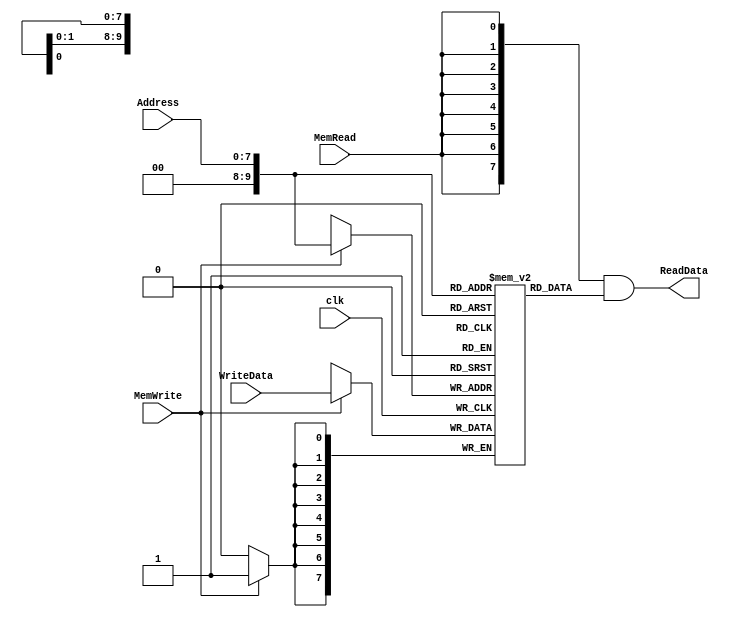
/******************************************************************
* Description
*	This is the data memory for the MIPS processor
*	1.0
* Author:
*	Dr. Jos Luis Pizano Escalante
* email:
*	luispizano@iteso.mx
* Date:
*	01/03/2014
******************************************************************/

module DataMemory 
#(	parameter DATA_WIDTH=8,
	parameter MEMORY_DEPTH = 1024

)
(
	input [DATA_WIDTH-1:0] WriteData,
	input [DATA_WIDTH-1:0]  Address,
	input MemWrite,MemRead, clk,
	output  [DATA_WIDTH-1:0]  ReadData
);
	
	// Declare the RAM variable
	reg [DATA_WIDTH-1:0] ram[MEMORY_DEPTH-1:0];
	wire [DATA_WIDTH-1:0] ReadDataAux;

	always @ (posedge clk)
	begin
		// Write
		if (MemWrite)
			ram[Address] <= WriteData;
	end
	assign ReadDataAux = ram[Address];
  	assign ReadData = {DATA_WIDTH{MemRead}}& ReadDataAux;

endmodule
//datamemory//